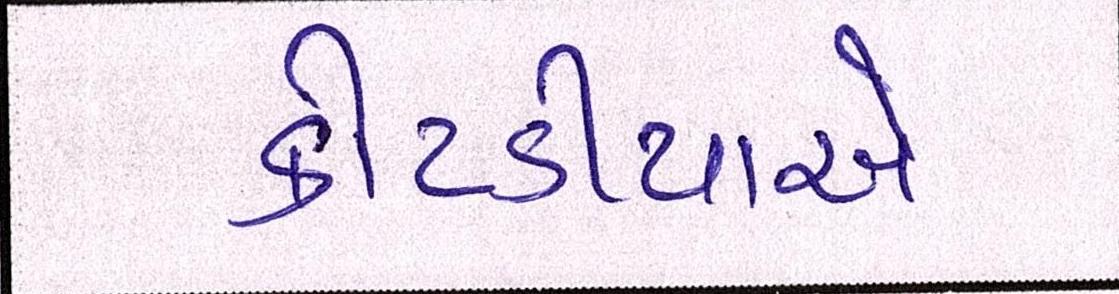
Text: કોટડીયાએ